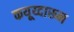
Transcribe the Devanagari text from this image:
कयूय्दारून